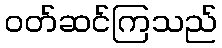
ဝတ်ဆင်ကြသည်